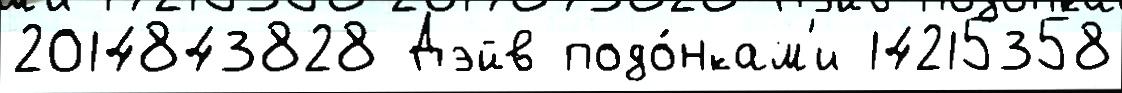
2014843828 Дэйв подо́нкам'и 14215358